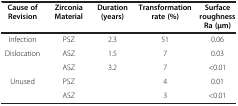
<table><thead><tr><td><b>Cause of Revision</b></td><td><b>Zirconia Material</b></td><td><b>Duration (years)</b></td><td><b>Transformation rate (%)</b></td><td><b>Surface roughness Ra (μm)</b></td></tr></thead><tbody><tr><td>Infection</td><td>PSZ</td><td>2.3</td><td>51</td><td>0.06</td></tr><tr><td rowspan="2">Dislocation</td><td>ASZ</td><td>1.5</td><td>7</td><td>0.03</td></tr><tr><td>ASZ</td><td>3.2</td><td>7</td><td>&lt;0.01</td></tr><tr><td rowspan="2">Unused</td><td>PSZ</td><td> </td><td>4</td><td>0.01</td></tr><tr><td>ASZ</td><td> </td><td>3</td><td>&lt;0.01</td></tr></tbody></table>